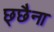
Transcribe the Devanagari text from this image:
छ्छैना